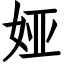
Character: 娅